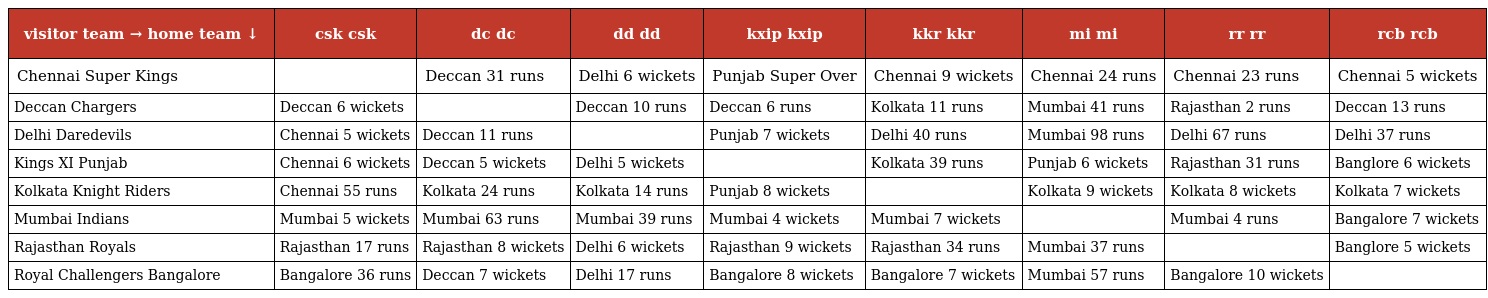
| visitor team → home team ↓ | csk csk | dc dc | dd dd | kxip kxip | kkr kkr | mi mi | rr rr | rcb rcb |
 | --- | --- | --- | --- | --- | --- | --- | --- | --- |
 | Chennai Super Kings |  | Deccan 31 runs | Delhi 6 wickets | Punjab Super Over | Chennai 9 wickets | Chennai 24 runs | Chennai 23 runs | Chennai 5 wickets |
 | Deccan Chargers | Deccan 6 wickets |  | Deccan 10 runs | Deccan 6 runs | Kolkata 11 runs | Mumbai 41 runs | Rajasthan 2 runs | Deccan 13 runs |
 | Delhi Daredevils | Chennai 5 wickets | Deccan 11 runs |  | Punjab 7 wickets | Delhi 40 runs | Mumbai 98 runs | Delhi 67 runs | Delhi 37 runs |
 | Kings XI Punjab | Chennai 6 wickets | Deccan 5 wickets | Delhi 5 wickets |  | Kolkata 39 runs | Punjab 6 wickets | Rajasthan 31 runs | Banglore 6 wickets |
 | Kolkata Knight Riders | Chennai 55 runs | Kolkata 24 runs | Kolkata 14 runs | Punjab 8 wickets |  | Kolkata 9 wickets | Kolkata 8 wickets | Kolkata 7 wickets |
 | Mumbai Indians | Mumbai 5 wickets | Mumbai 63 runs | Mumbai 39 runs | Mumbai 4 wickets | Mumbai 7 wickets |  | Mumbai 4 runs | Bangalore 7 wickets |
 | Rajasthan Royals | Rajasthan 17 runs | Rajasthan 8 wickets | Delhi 6 wickets | Rajasthan 9 wickets | Rajasthan 34 runs | Mumbai 37 runs |  | Banglore 5 wickets |
 | Royal Challengers Bangalore | Bangalore 36 runs | Deccan 7 wickets | Delhi 17 runs | Bangalore 8 wickets | Bangalore 7 wickets | Mumbai 57 runs | Bangalore 10 wickets |  |